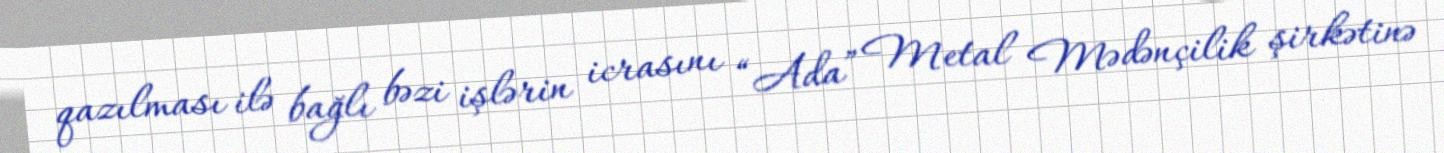
qazılması ilə bağlı bəzi işlərin icrasını “Ada” Metal Mədənçilik şirkətinə